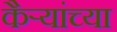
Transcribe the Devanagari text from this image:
कैऱ्यांच्या